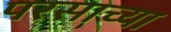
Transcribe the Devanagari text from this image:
परसाच्या